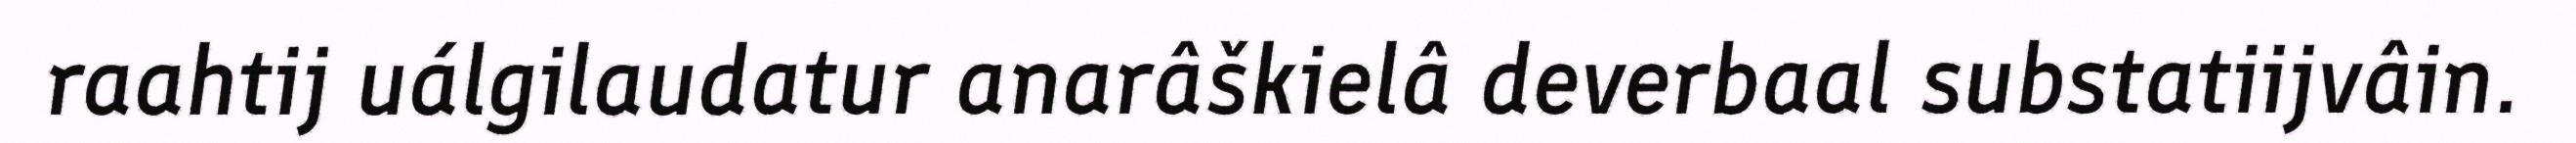
raahtij uálgilaudatur anarâškielâ deverbaal substatiijvâin.